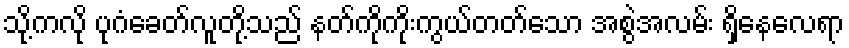
သို့ကလို ပုဂံခေတ်လူတို့သည် နတ်ကိုကိုးကွယ်တတ်သော အစွဲအလမ်း ရှိနေလေရာ